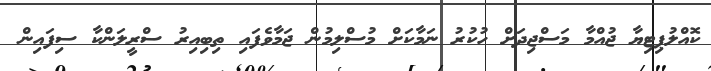
ކޮއްލުޕިޓިޔާ ޖުއްމާ މަސްޖިދަށް ހުކުރު ނަމާކަށް މުސްލިމުން ޖަމާވެފައި ތިބިއިރު ސްރީލަންކާ ސިފައިން